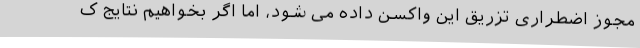
مجوز اضطراری تزریق این واکسن داده می شود، اما اگر بخواهیم نتایج ک